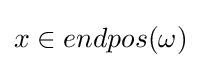
x\in endpos(\omega )